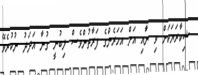
ޝިކާރަޔަކަށް ވި ނަާއި އަށް އަހަރެންގެ ފަރާތުންވެސް ލިބުނީ ގުނާ އަދަދު ނުކުރެވޭ